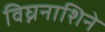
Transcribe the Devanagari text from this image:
विघ्ननाशिने